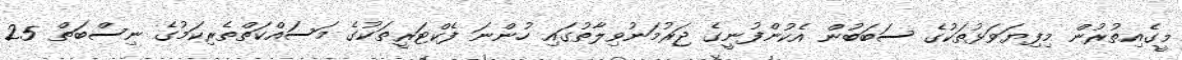
މީގެއިތުރުން މިފިޔަވަޅުތަކުގެ ސަބަބުން އެކުންފުނީގެ ޖަރުމަނުވިލާތުގައި ހުންނަ ފެކްޓަރީތަކުގެ މަސައްކަތްތެރިކަމުގެ ނިސްބަތް 25